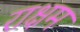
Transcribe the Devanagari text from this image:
राक्षम